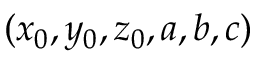
( x _ { 0 } , y _ { 0 } , z _ { 0 } , a , b , c )